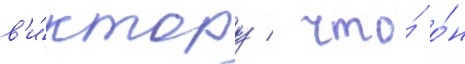
в'и́ктору / что́ о́н